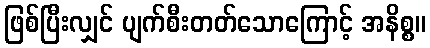
ဖြစ်ပြီးလျှင် ပျက်စီးတတ်သောကြောင့် အနိစ္စ။